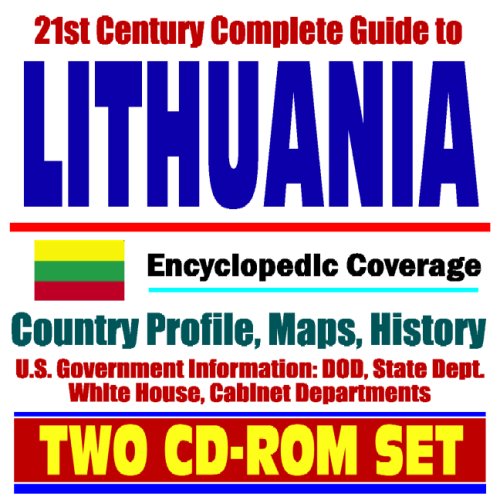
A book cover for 21st Century Complete Guide to Lithuania - Encyclopedic Coverage, Country Profile, History, DOD, State Dept., White House, CIA Factbook (Two CD-ROM Set); U.S. Government; Travel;